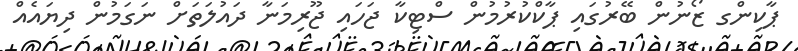
ޕާކިންގ ޒޯނުން ބޭރުގައި ޕާކްކުރުމުން ސްޓިކާ ޖަހައި ޖޫރިމަނާ ދައުލަތަށް ނަގަމުން ދިޔައެއް